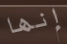
إنها